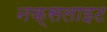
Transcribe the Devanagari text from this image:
नक्सलाइट